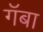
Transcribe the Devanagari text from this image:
गॅबा